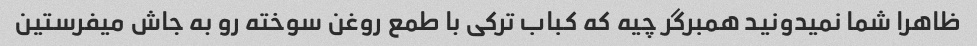
ظاهرا شما نمیدونید همبرگر چیه که کباب ترکی با طمع روغن سوخته رو به جاش میفرستین